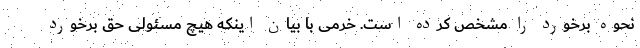
نحوه برخورد را مشخص کرده است. خرمی با بیان اینکه هیچ مسئولی حق برخورد